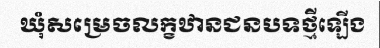
ឃុំសម្រេចលក្ខឋានជនបទថ្មីឡើង